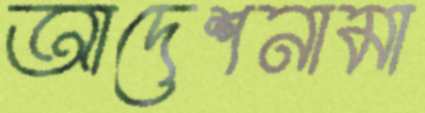
আদেশনামা